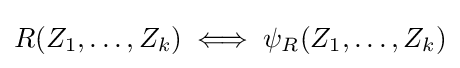
R(Z_{1},\dots ,Z_{k})\iff \psi _{R}(Z_{1},\dots ,Z_{k})